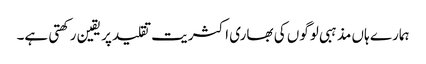
ہمارے ہاں مذہبی لوگوں کی بھاری اکثریت تقلید پر یقین رکھتی ہے۔